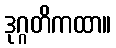
ဒုဂ္ဂတိကထာ။